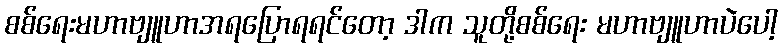
စစ်ရေးမဟာဗျူဟာအရပြောရရင်တော့ ဒါက သူတို့စစ်ရေး မဟာဗျူဟာပဲပေါ့